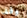
وقف